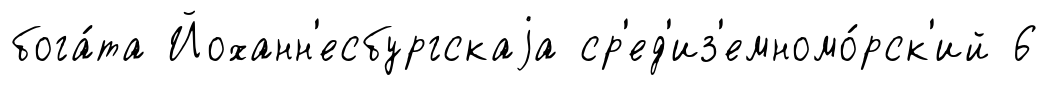
бога́та Йоханн'есбургскаjа ср'ед'из'емномо́рск'ий 6